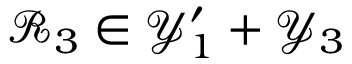
\mathcal { R } _ { 3 } \in \mathcal { Y } _ { 1 } ^ { \prime } + \mathcal { Y } _ { 3 }